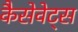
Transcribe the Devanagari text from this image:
कैसेवेट्स